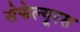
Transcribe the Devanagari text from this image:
सेफेल्यूरस